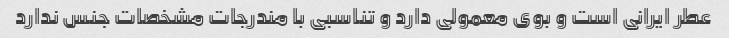
عطر ایرانی است و بوی معمولی دارد و تناسبی با مندرجات مشخصات جنس ندارد